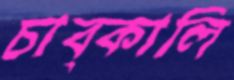
চাব্‌কালি